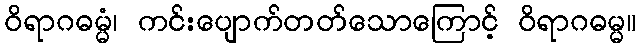
ဝိရာဂဓမ္မံ၊ ကင်းပျောက်တတ်သောကြောင့် ဝိရာဂဓမ္မ။